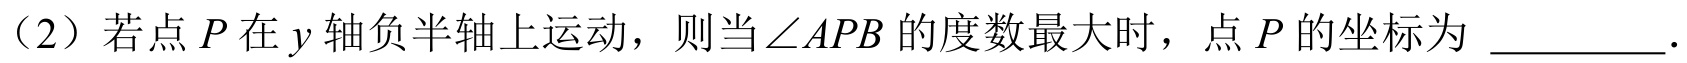
（2）若点\(P\)在\(y\)轴负半轴上运动，则当\(\angle APB\)的度数最大时，点\(P\)的坐标为  ．